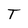
Character: T